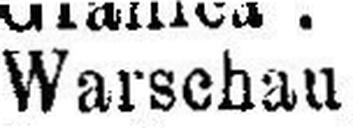
Warschau